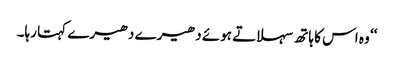
‘‘ وہ اس کا ہاتھ سہلاتے ہوئے دھیرے دھیرے کہتا رہا۔